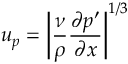
u _ { p } = \left| \frac { \nu } { \rho } \frac { \partial p ^ { \prime } } { \partial x } \right| ^ { 1 / 3 }